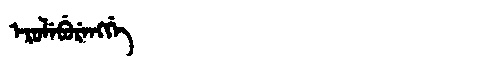
Manchu: ᡝᡵᡠᠯᡝᠪᡠᡵᡝᠩᡤᡝ
Romanization: ERULEBURENGGE